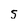
Character: 5